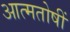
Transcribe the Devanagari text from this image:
आत्मतोषीं